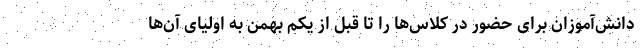
دانش‌آموزان برای حضور در کلاس‌ها را تا قبل از یکم بهمن به اولیای آن‌ها